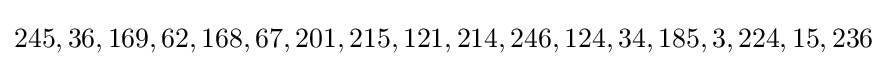
245,36,169,62,168,67,201,215,121,214,246,124,34,185,3,224,15,236